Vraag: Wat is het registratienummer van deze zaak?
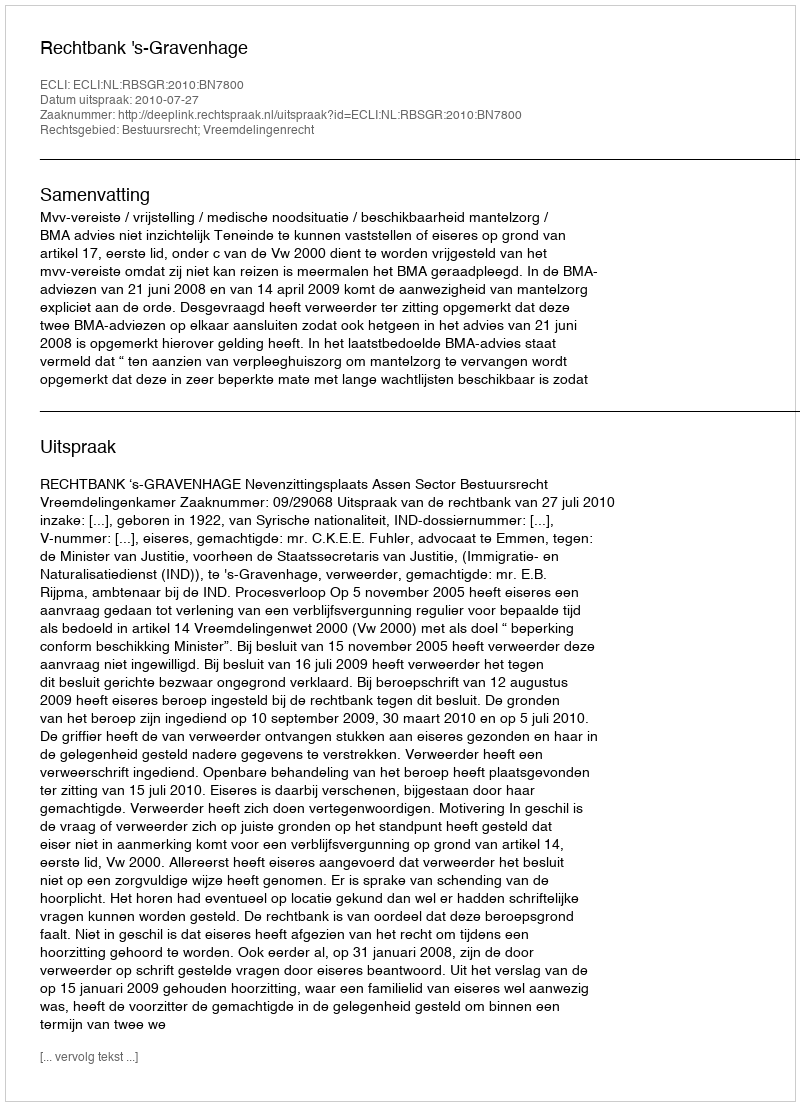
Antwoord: http://deeplink.rechtspraak.nl/uitspraak?id=ECLI:NL:RBSGR:2010:BN7800